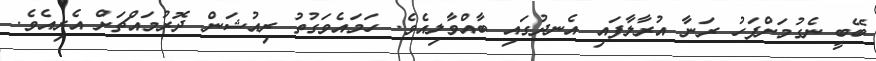
ބޭބީ ނެގުމަށްފަހު ރަނާ އުރާލާފައި އެނދުގައި ބާއްވާލިއެވެ. ހަމައެވަގުތު ރިއުޝަން ދޮރުމައްޗަށް އެރިއެވެ.